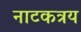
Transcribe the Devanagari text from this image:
नाटकत्रय